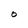
Character: O